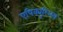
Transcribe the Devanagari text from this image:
एपिक्युरिअस